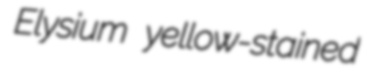
Elysium yellow-stained